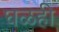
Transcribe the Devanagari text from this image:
घळही